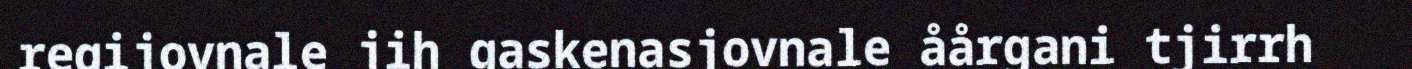
regijovnale jih gaskenasjovnale åårgani tjirrh